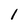
Character: l